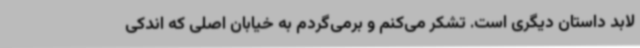
لابد داستان دیگری است. تشکر می‌کنم و برمی‌گردم به خیابان اصلی که اندکی